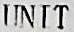
UNIT